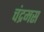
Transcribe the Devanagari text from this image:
चंद्रमस